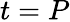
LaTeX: t=P